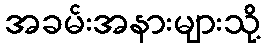
အခမ်းအနားများသို့